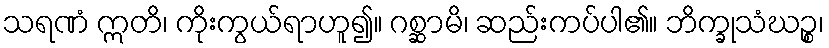
သရဏံ ဣတိ၊ ကိုးကွယ်ရာဟူ၍။ ဂစ္ဆာမိ၊ ဆည်းကပ်ပါ၏။ ဘိက္ခုသံဃဉ္စ၊